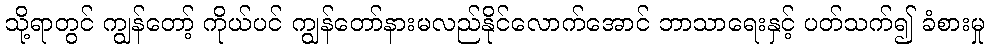
သို့ရာတွင် ကျွန်တော့် ကိုယ်ပင် ကျွန်တော်နားမလည်နိုင်လောက်အောင် ဘာသာရေးနှင့် ပတ်သက်၍ ခံစားမှု